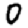
Digit: 0